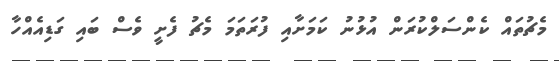
މެޗުތައް ކެންސަލްކުރަން އުޅުނު ކަމަށާއި ފުރަތަމަ މެޗު ފެށީ ވެސް ބައި ގަޑިއެއްހާ